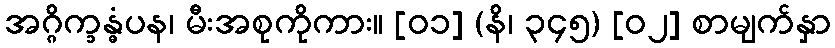
အဂ္ဂိက္ခန္ဓံပန၊ မီးအစုကိုကား။ [၀၁] (နိ၊ ၃၄၅) [၀၂] စာမျက်နှာ